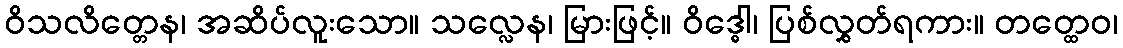
ဝိသလိတ္တေန၊ အဆိပ်လူးသော။ သလ္လေန၊ မြားဖြင့်။ ဝိဒ္ဓေါ၊ ပြစ်လွှတ်ရကား။ တတ္ထေဝ၊